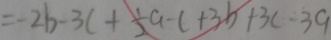
= - 2 b - 3 c + \frac { 1 } { 2 } a - c + 3 b + 3 c - 3 9